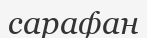
сарафан